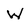
Character: W